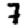
Digit: 7